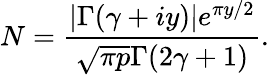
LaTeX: N=\frac{\left|\Gamma(\gamma+iy)\right|e^{\pi y/2}}{\sqrt{\pi p}\Gamma(2\gamma+1)}.